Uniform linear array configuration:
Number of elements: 24
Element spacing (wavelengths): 1
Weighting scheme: cosine
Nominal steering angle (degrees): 15
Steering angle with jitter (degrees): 16.103
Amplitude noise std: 0.05
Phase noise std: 0.05

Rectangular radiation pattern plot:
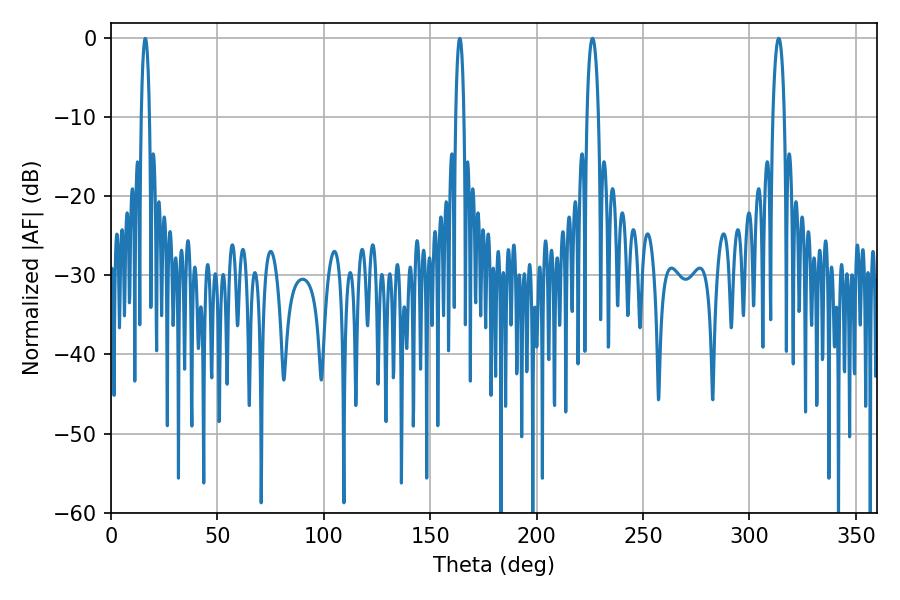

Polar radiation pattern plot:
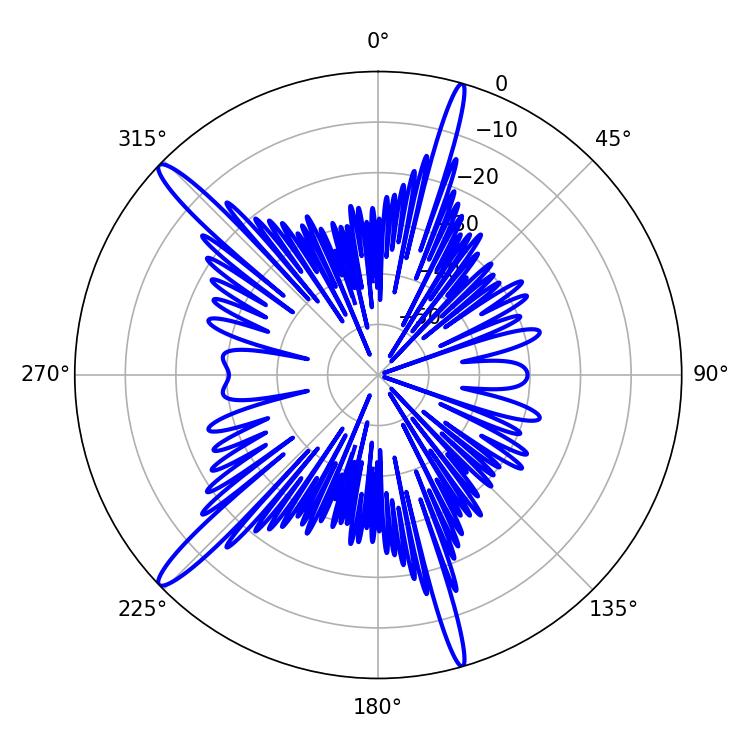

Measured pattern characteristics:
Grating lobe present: TRUE
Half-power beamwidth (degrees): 3.06
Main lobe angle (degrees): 226.26